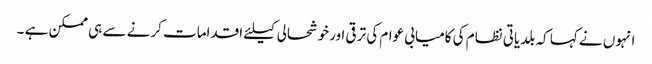
انہوں نے کہا کہ بلدیاتی نظام کی کامیابی عوام کی ترقی اورخوشحالی کیلئے اقدامات کرنے سے ہی ممکن ہے ۔